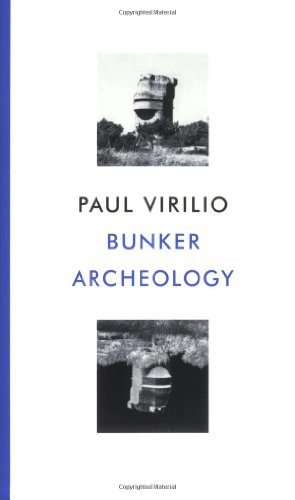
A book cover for Bunker Archaeology; Paul Virilio; Arts & Photography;